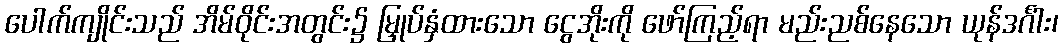
ပေါက်ကျိုင်းသည် အိမ်ဝိုင်းအတွင်း၌ မြှုပ်နှံထားသော ငွေအိုးကို ဖော်ကြည့်ရာ မည်းညစ်နေသော ယုန်ဒင်္ဂါး၊